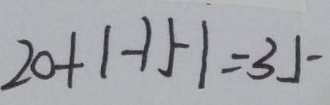
2 0 + \vert - 1 5 \vert = 3 5